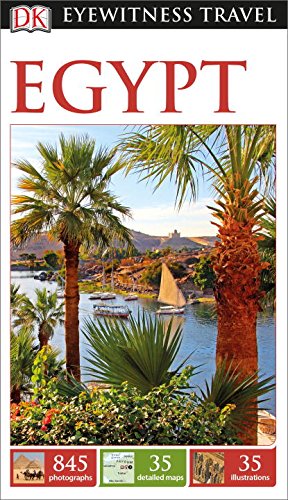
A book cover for DK Eyewitness Travel Guide: Egypt; DK Publishing; Travel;